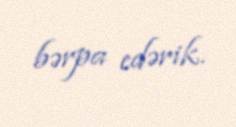
bərpa edərik.